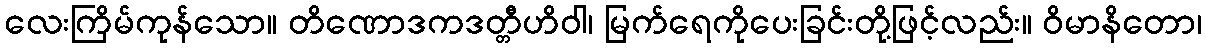
လေးကြိမ်ကုန်သော။ တိဏောဒကဒတ္တီဟိဝါ၊ မြက်ရေကိုပေးခြင်းတို့ဖြင့်လည်း။ ဝိမာနိတော၊